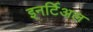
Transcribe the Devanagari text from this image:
इनर्टिअल